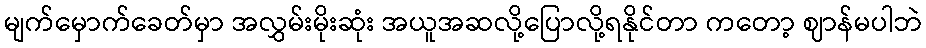
မျက်မှောက်ခေတ်မှာ အလွှမ်းမိုးဆုံး အယူအဆလို့ပြောလို့ရနိုင်တာ ကတော့ ဈာန်မပါဘဲ